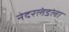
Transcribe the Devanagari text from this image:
नेदरलंडला